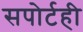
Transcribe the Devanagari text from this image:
सपोर्टही